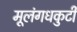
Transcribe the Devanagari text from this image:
मूलंगधकुटी